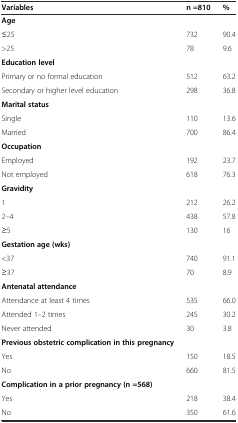
<table><thead><tr><td><b>Variables</b></td><td><b>n =810</b></td><td><b>%</b></td></tr></thead><tbody><tr><td><b>Age</b></td><td></td><td></td></tr><tr><td>≤25</td><td>732</td><td>90.4</td></tr><tr><td>&gt;25</td><td>78</td><td>9.6</td></tr><tr><td><b>Education level</b></td><td></td><td></td></tr><tr><td>Primary or no formal education</td><td>512</td><td>63.2</td></tr><tr><td>Secondary or higher level education</td><td>298</td><td>36.8</td></tr><tr><td><b>Marital status</b></td><td></td><td></td></tr><tr><td>Single</td><td>110</td><td>13.6</td></tr><tr><td>Married</td><td>700</td><td>86.4</td></tr><tr><td><b>Occupation</b></td><td></td><td></td></tr><tr><td>Employed</td><td>192</td><td>23.7</td></tr><tr><td>Not employed</td><td>618</td><td>76.3</td></tr><tr><td><b>Gravidity</b></td><td></td><td></td></tr><tr><td>1</td><td>212</td><td>26.2</td></tr><tr><td>2–4</td><td>438</td><td>57.8</td></tr><tr><td>≥5</td><td>130</td><td>16</td></tr><tr><td><b>Gestation age (wks)</b></td><td></td><td></td></tr><tr><td>&lt;37</td><td>740</td><td>91.1</td></tr><tr><td>≥37</td><td>70</td><td>8.9</td></tr><tr><td><b>Antenatal attendance</b></td><td></td><td></td></tr><tr><td>Attendance at least 4 times</td><td>535</td><td>66.0</td></tr><tr><td>Attended 1–2 times</td><td>245</td><td>30.2</td></tr><tr><td>Never attended</td><td>30</td><td>3.8</td></tr><tr><td><b>Previous obstetric complication in this pregnancy</b></td><td></td><td></td></tr><tr><td>Yes</td><td>150</td><td>18.5</td></tr><tr><td>No</td><td>660</td><td>81.5</td></tr><tr><td><b>Complication in a prior pregnancy (n =568)</b></td><td></td><td></td></tr><tr><td>Yes</td><td>218</td><td>38.4</td></tr><tr><td>No</td><td>350</td><td>61.6</td></tr></tbody></table>